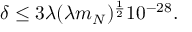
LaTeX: \delta \leq 3 \lambda ( \lambda m _ { N } ) ^ { \frac { 1 } { 2 } } 1 0 ^ { - 2 8 } .